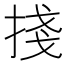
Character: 𢯆